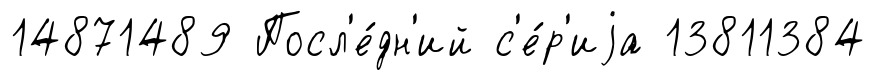
14871489 Посл'е́дн'ий с'е́р'иjа 13811384